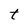
Character: t